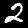
Digit: 2